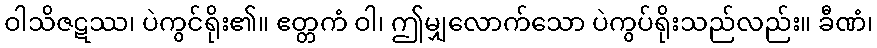
ဝါသိဇဋဿ၊ ပဲကွင်ရိုး၏။ ဧတ္တကံ ဝါ၊ ဤမျှလောက်သော ပဲကွပ်ရိုးသည်လည်း။ ခီဏံ၊